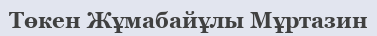
Төкен Жұмабайұлы Мұртазин